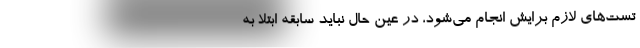
تست‌های لازم برایش انجام می‌شود، در عین حال نباید سابقه ابتلا به